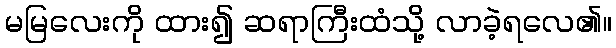
မမြလေးကို ထား၍ ဆရာကြီးထံသို့ လာခဲ့ရလေ၏။